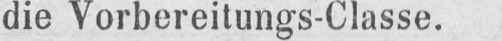
die Vorbereitungs-Classe.